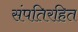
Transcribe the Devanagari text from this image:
संपतिरहित